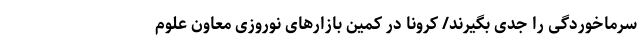
سرماخوردگی را جدی بگیرند/ کرونا در کمین بازارهای نوروزی معاون علوم